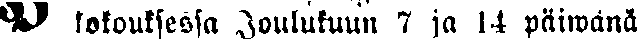
# kokouksessa Joulukuun 7 ja 14 päiwänä